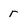
Character: r